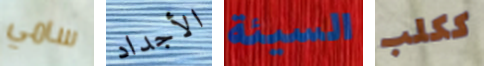
سامي الأجداد السيئة ككلب